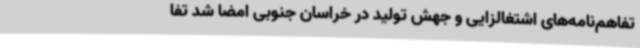
تفاهم‌نامه‌های اشتغالزایی و جهش تولید در خراسان جنوبی امضا شد تفا